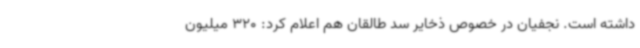
داشته است. نجفیان در خصوص ذخایر سد طالقان هم اعلام کرد: 320 میلیون